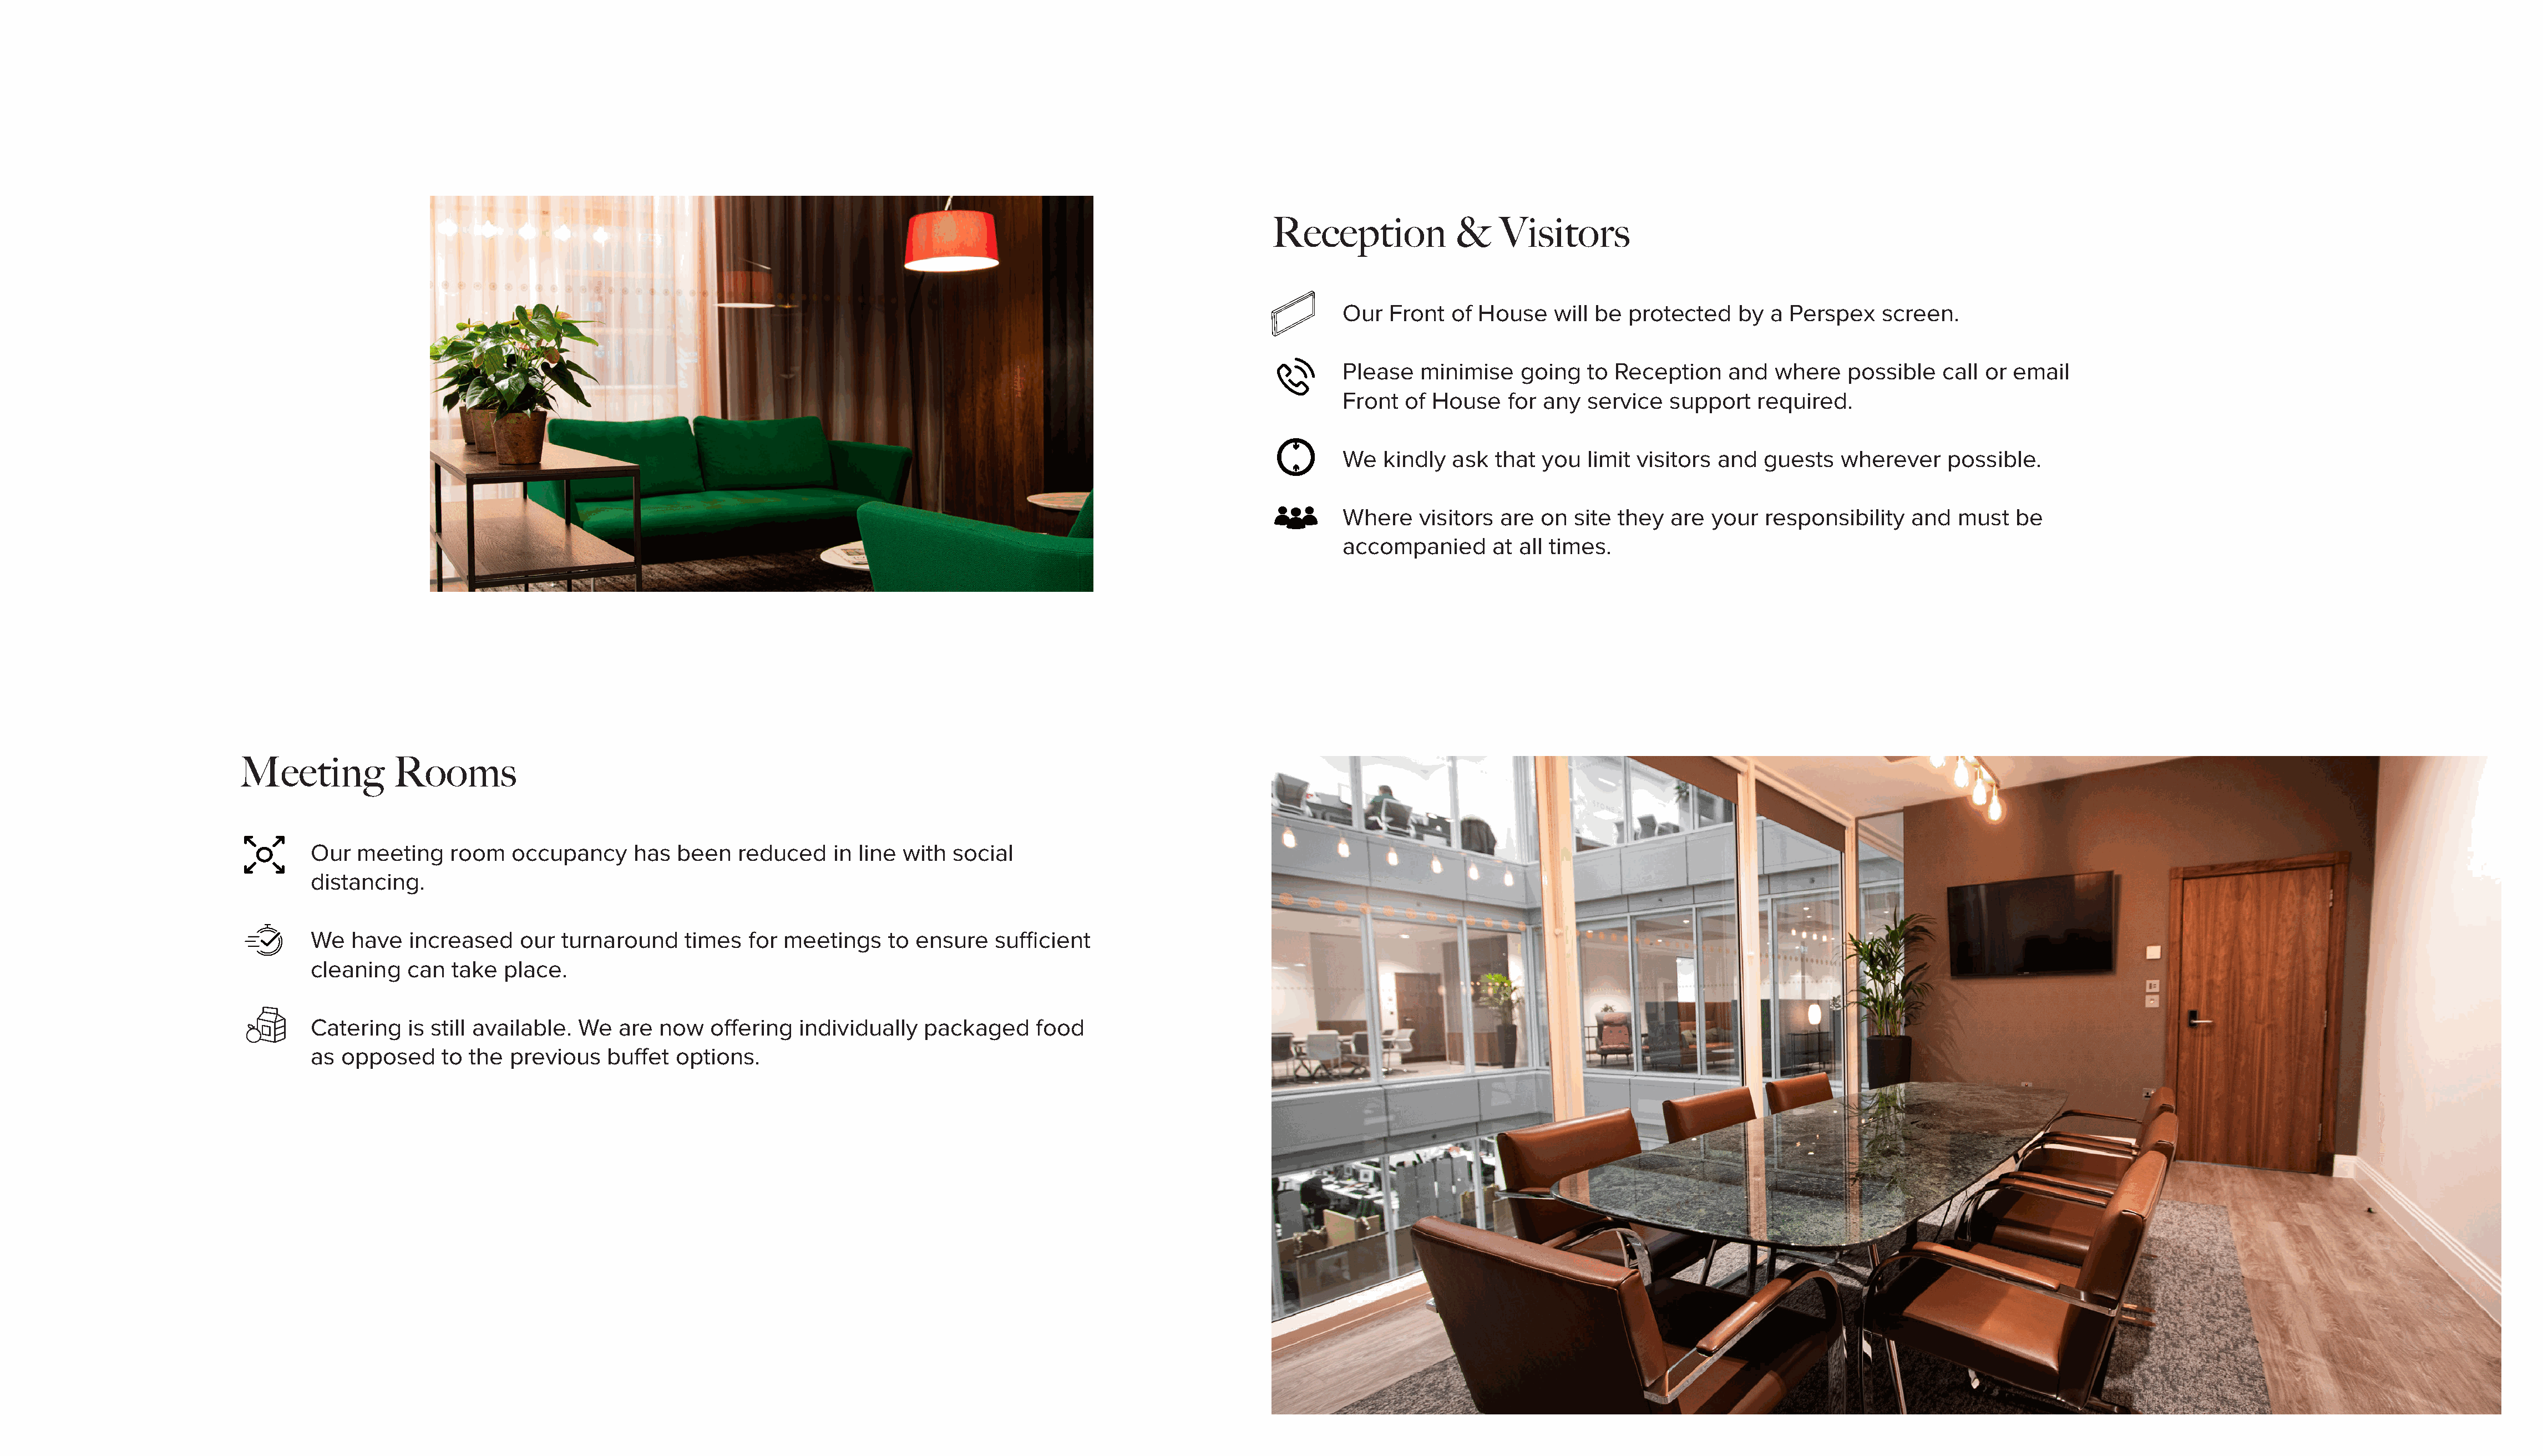
Reception             &    Visitors
 Our   Front  of House    will be  protected    by  a Perspex     screen.
 Please   minimise    going   to  Reception    and   where   possible    call or email
 Front   of House    for any  service   support    required.
 We   kindly  ask  that  you  limit visitors  and  guests    wherever    possible.
 Where    visitors  are  on  site they  are  your   responsibility   and   must  be
 accompanied       at all times.
 Meeting           Rooms
 Our   meeting    room   occupancy      has  been   reduced    in line  with  social
 distancing.
 We   have   increased    our  turnaround     times  for meetings     to ensure    sufficient
 cleaning    can  take  place.
 Catering    is still available. We   are  now   offering  individually   packaged      food
 as  opposed     to the  previous   buffet   options.